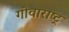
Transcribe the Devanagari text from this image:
गोवाराष्ट्र